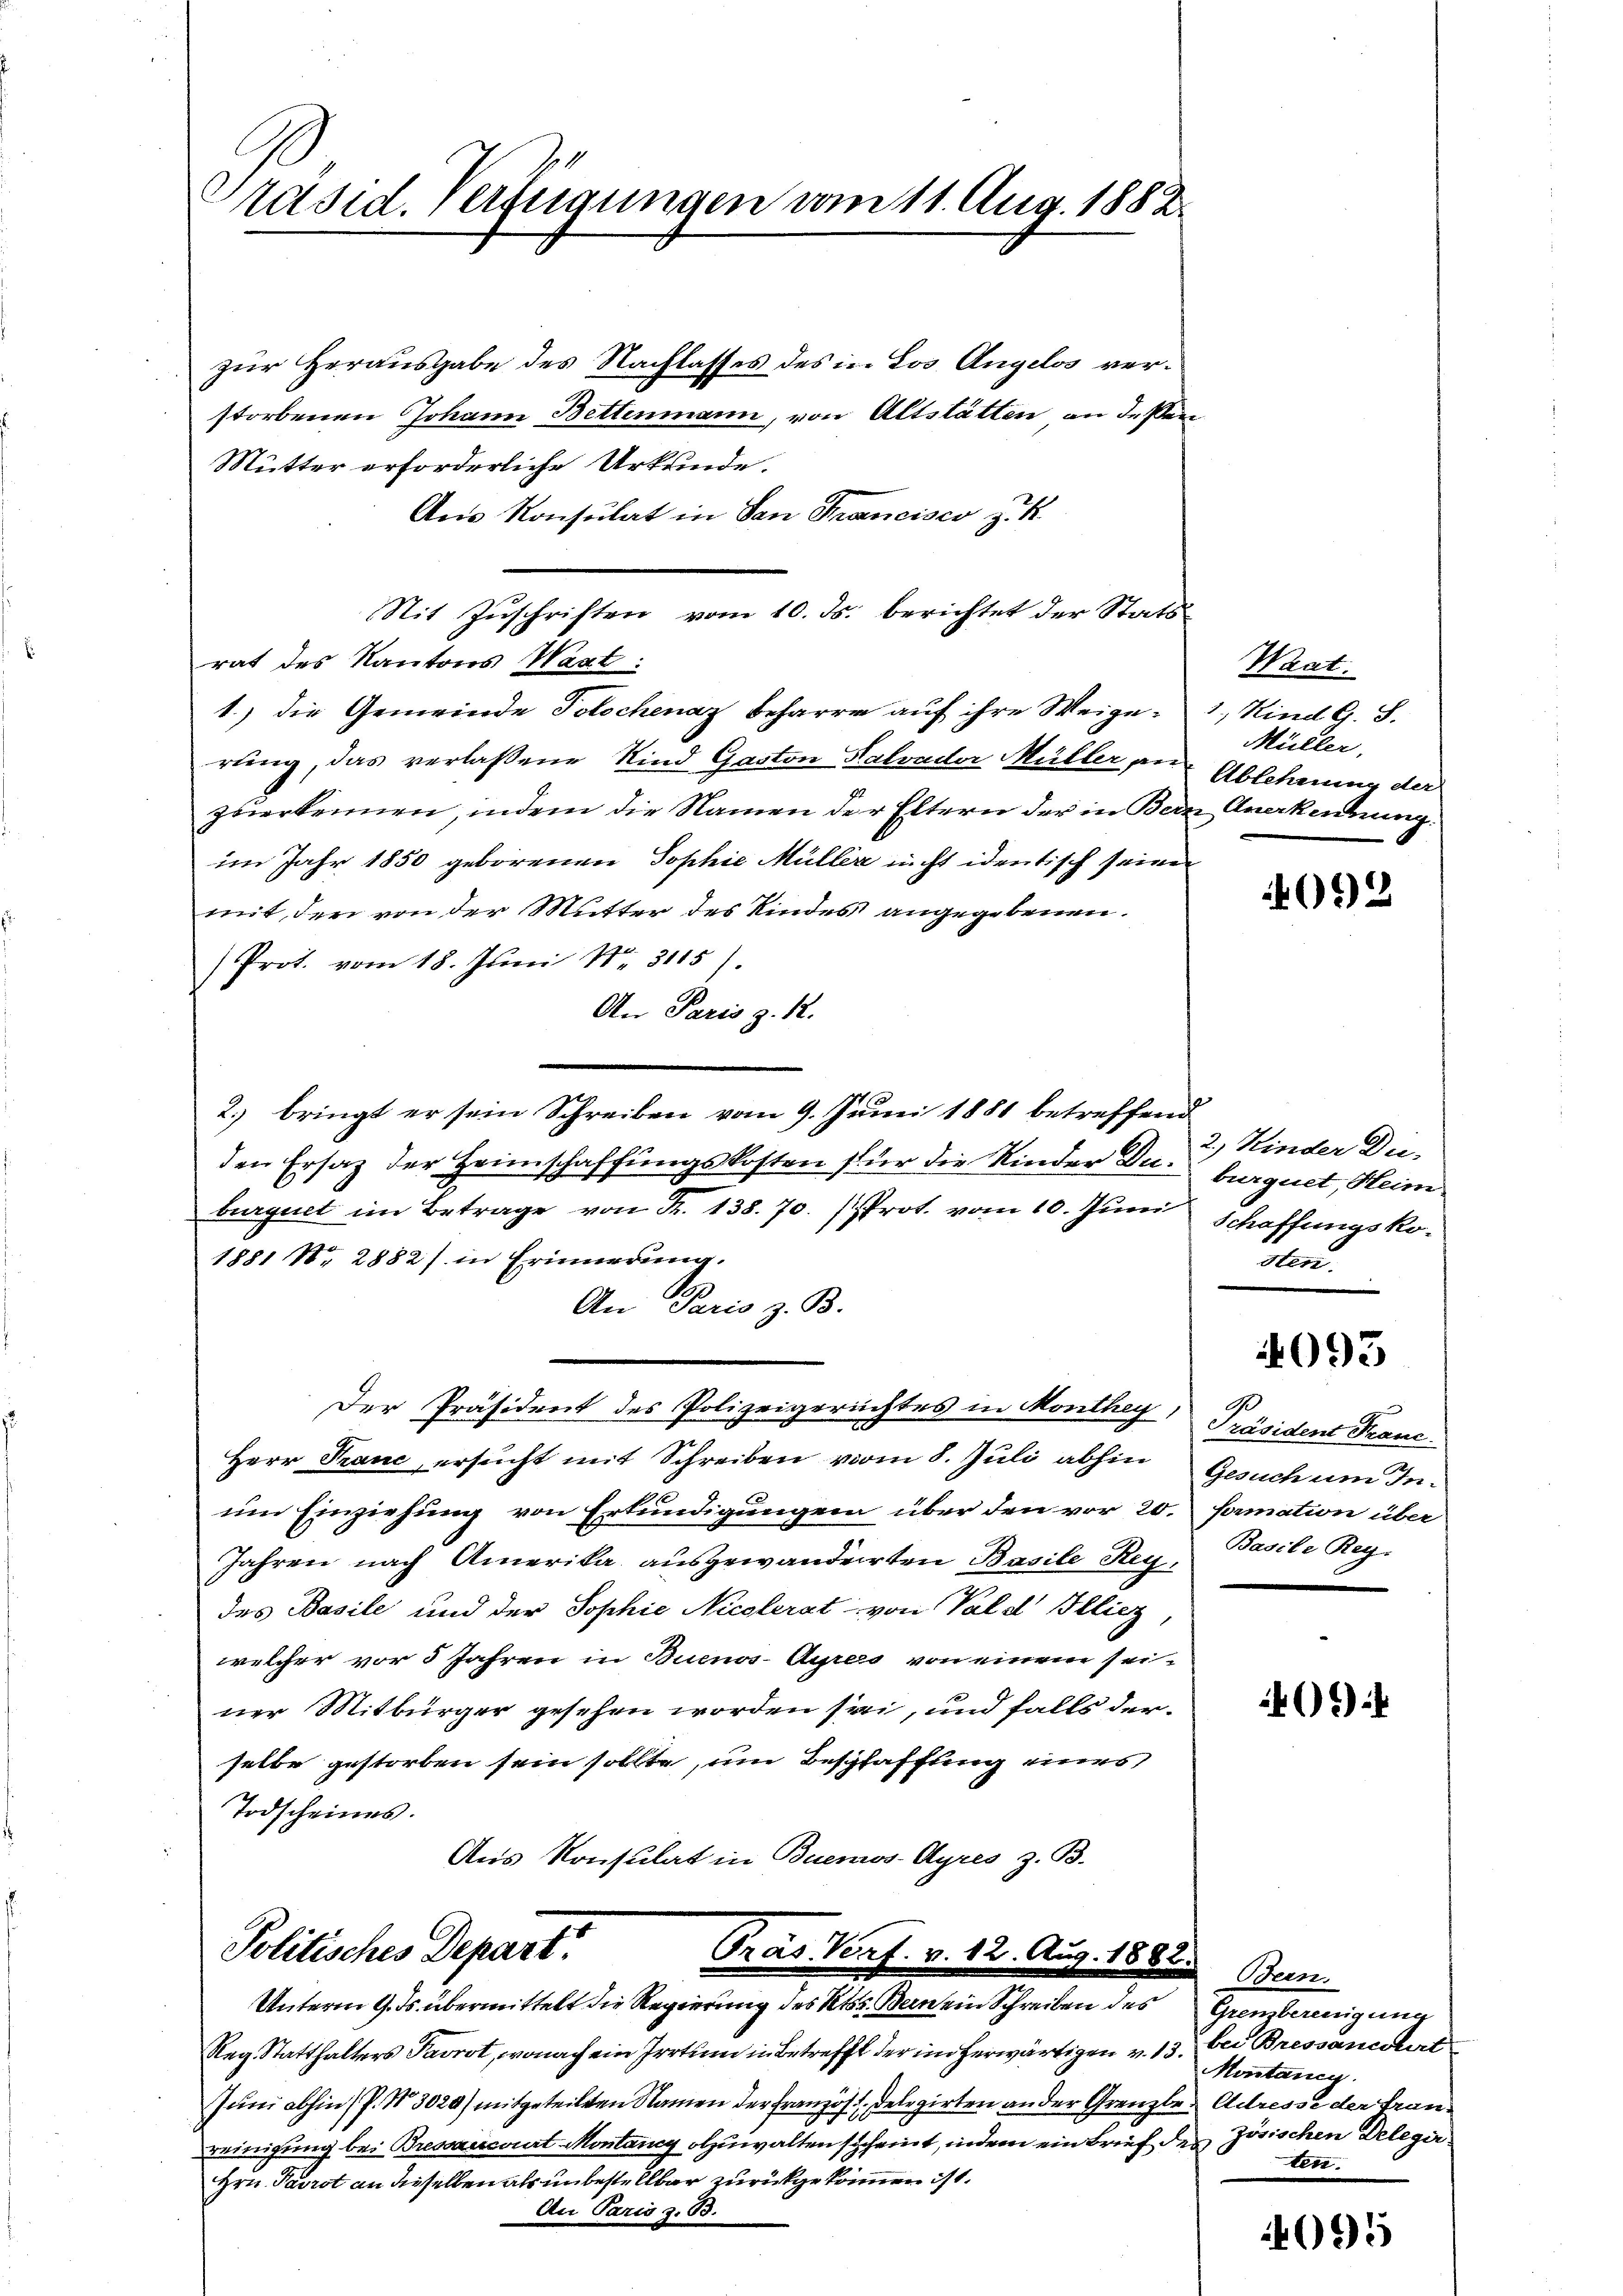
räsid. Verfügungen vom 11. Aug. 1882.

zur Herausgabe des Nachlasses des in Los. Angelos verstorbenen Johann Bettenmann, von Altstätten an deßen
Mutter erforderliche Urkunde.
Aus Konsulat in San Francisco z. K
Nit Zŭschriften vom 10. ds. berichtet der Stats-
rat des Kantons Waat:
1.) die Gemeinde Tolochenaz beharre auf ihre Weige-
rung, das verlassene Kind Gaston Salvador Müller zur Ablehnung der
zuerkennen, indem die Namen der Eltern der in Bern Anerkennung.
im Jahr 1850 geborenen Sophie Müller nicht identisch seiner
mit, den von der Mutter des Kindes angegebenen.
Prot. vom 18. Jŭni Nr. 3115).
An Paris z. R.
2.) bringt er sein Schreiben vom 9. Juni 1881 betreffend
den Ersatz der Heimschaffungskosten für die Kinder Duburguet, Heim.
burguet im Betrage von Fr. 138. 70. (Prot. vom 10. Juni Schaffungsko¬
1881 Nr. 2882/ in Erinnerung.
An Paris z. B.
Der Präsident des Polizeigerichtes in Monthey, Präsident Franc
Herr Franc, ersucht mit Schreiben vom 8. Juli abhin
um Einziehung von Erkundigungen über den vor 20. famation über
Jahren nach Amerika ausgewanderten Basile Reg
des Basile und der Sophie Nicolerat von Vald Illiez
welcher vor 5 Jahren in Buenos-Ayres von einem seiner Mitbürger gesehen worden sei, und falls der
selbe gestorben sein sollte, um Beschaffung eines
Todscheines.
Aus Konsulat in Buenos-Ayres z. B.

Politisches Depart.
Gras. Vorf. v. 12. Aug. 18
Unterm 9. ds. übermittelt die Regierung des Kts. Bein ein Schreiben des

Reg. Statthalters Pavrot, wonach ein Irrtum in Betreff der im herwärtigen v
Juni abhin) P. Nr. 3020) mitgeteilten Namen der französ. Delegirten an der Grenzte Adresse der Franeinigung bei Bressancourt Montany abzuwalten scheint, indem ein Brief des zösischen Delegie
Hrn. Parrot an dieselben als unbestellbar zurückgekommen ist.
An Paris z. B.

Waat.
1., Kind G. S.
Müller.

4092

2) Kinder Du-
In

093

A
Gesuch um In¬
Basile Reg.

49)

Been
Gewerbeneigung
19. bei Bressanchert
Montanig.
ten.

095